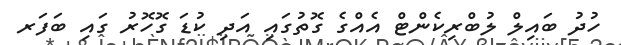
ހުދު ބައިލް ލުބްރިކެންޓް އެއްގެ ގޮތުގައި އަދި ކުޑަ ގޮހޮރު ގައި ބަފަރ